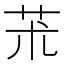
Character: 𦬸